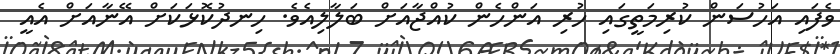
ވެފައި އަހުސަން ކުރިމަތީގައި ހުރި އަންހެން ކުއްޖާއަށް ބަލާލިއެވެ. ހިނދުކޮޅަކަށް އޭނާއަށް އެއީ